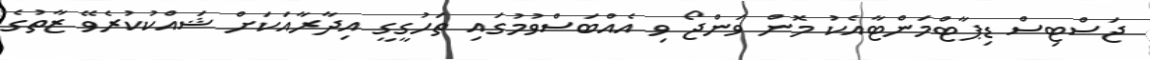
ޖަސްޓިސް ޑިޕާޓްމަންޓާއެކު މޮން ވަންޖޯ ވި އެއްބަސްވުމުގައި ތަހުގީގީ އިދާރާއަކަށް ޝައްކުކުރެވޭ ޒާތުގެ